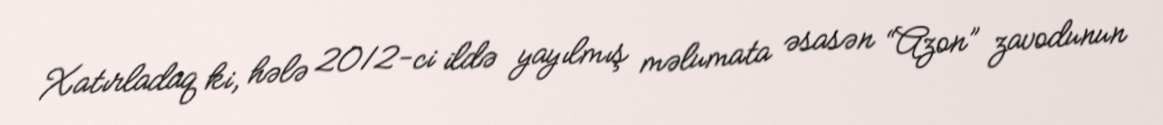
Xatırladaq ki, hələ 2012-ci ildə yayılmış məlumata əsasən “Azon” zavodunun